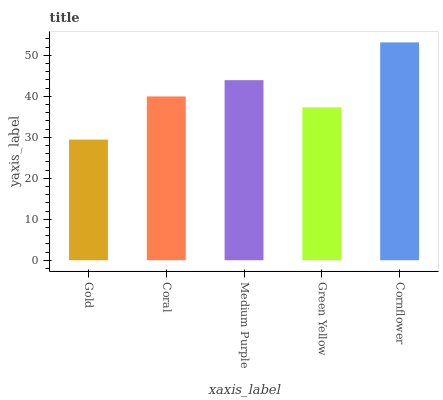
| xaxis_label | bars |
 | --- | --- |
 | Gold | 29.4 |
 | Coral | 40 |
 | Medium Purple | 43.9 |
 | Green Yellow | 37.3 |
 | Cornflower | 53.1 |